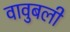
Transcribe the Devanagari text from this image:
वावुबली